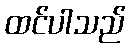
ထင်ပါသည်